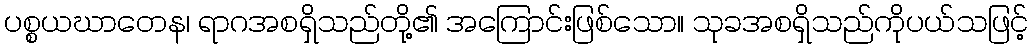
ပစ္စယဃာတေန၊ ရာဂအစရှိသည်တို့၏ အကြောင်းဖြစ်သော။ သုခအစရှိသည်ကိုပယ်သဖြင့်